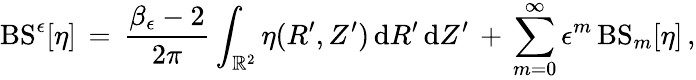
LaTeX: \mathrm{BS}^{\epsilon}[\eta]\, =\, \frac{\beta_{\epsilon}-2}{2\pi}\int_{\mathbb{R}^{2}}\eta(R^{\prime},Z^{\prime})\, \mathrm{d}R^{\prime}\, \mathrm{d}Z^{\prime}\, +\, \sum_{m=0}^{\infty}\epsilon^{m}\, \mathrm{BS}_{m}[\eta]\, ,